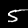
Digit: 5